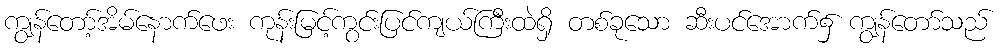
ကျွန်တော့်အိမ်နောက်ဖေး ကုန်းမြင့်ကွင်းပြင်ကျယ်ကြီးထဲရှိ တစ်ခုသော ဆီးပင်အောက်၌ ကျွန်တော်သည်